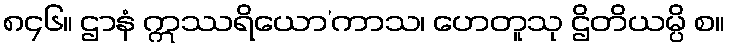
၈၄၆။ ဌာနံ ဣဿရိယော’ကာသ၊ ဟေတူသု ဌိတိယမ္ပိ စ။